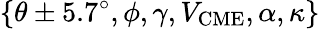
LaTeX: \{ \theta\pm 5.7^{\circ},\phi,\gamma,V_{\mathrm{CME}},\alpha,\kappa\}